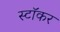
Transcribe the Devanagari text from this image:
स्टॉकर